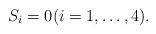
LaTeX: \begin{align*}S_i= 0 (i = 1,\ldots, 4).\end{align*}